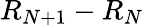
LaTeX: R_{N+1}-R_{N}